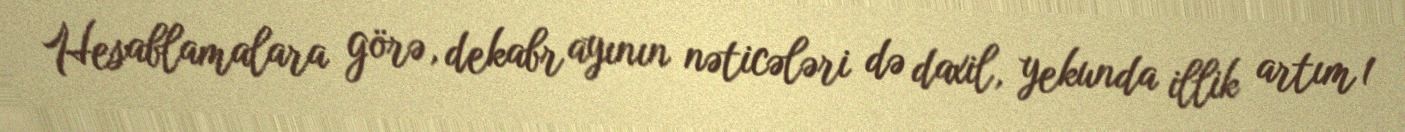
Hesablamalara görə, dekabr ayının nəticələri də daxil, yekunda illik artım 1